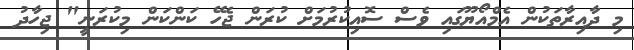
މި ދާއިރާތަކުން އެމްއޯޔޫގައި ވެސް ސޮއިކުރުމަށް ކުރަން ޖެހޭ ކަންކަން މިކުރަނީ" ޖިހާދު